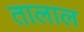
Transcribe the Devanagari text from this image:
तालाल